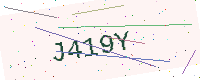
Text: J419Y